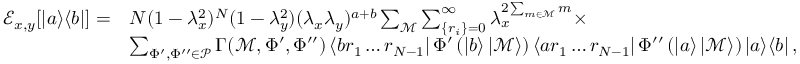
\begin{array} { r l } { \mathcal { E } _ { x , y } [ \left| a \middle > \middle < b \right| ] = } & { N ( 1 - \lambda _ { x } ^ { 2 } ) ^ { N } ( 1 - \lambda _ { y } ^ { 2 } ) ( \lambda _ { x } \lambda _ { y } ) ^ { a + b } \sum _ { \mathcal { M } } \sum _ { \{ r _ { i } \} = 0 } ^ { \infty } \lambda _ { x } ^ { 2 \sum _ { m \in \mathcal { M } } m } \times } \\ & { \sum _ { \Phi ^ { \prime } , \Phi ^ { \prime \prime } \in \mathcal { P } } \Gamma ( \mathcal { M } , \Phi ^ { \prime } , \Phi ^ { \prime \prime } ) \left< b r _ { 1 } \ldots r _ { N - 1 } \right| \Phi ^ { \prime } \left( \left| b \right> \left| \mathcal { M } \right> \right) \left< a r _ { 1 } \ldots r _ { N - 1 } \right| \Phi ^ { \prime \prime } \left( \left| a \right> \left| \mathcal { M } \right> \right) \left| a \middle > \middle < b \right| , } \end{array}